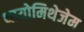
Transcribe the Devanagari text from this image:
थायोमिथेजेम